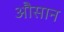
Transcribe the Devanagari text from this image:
औसान